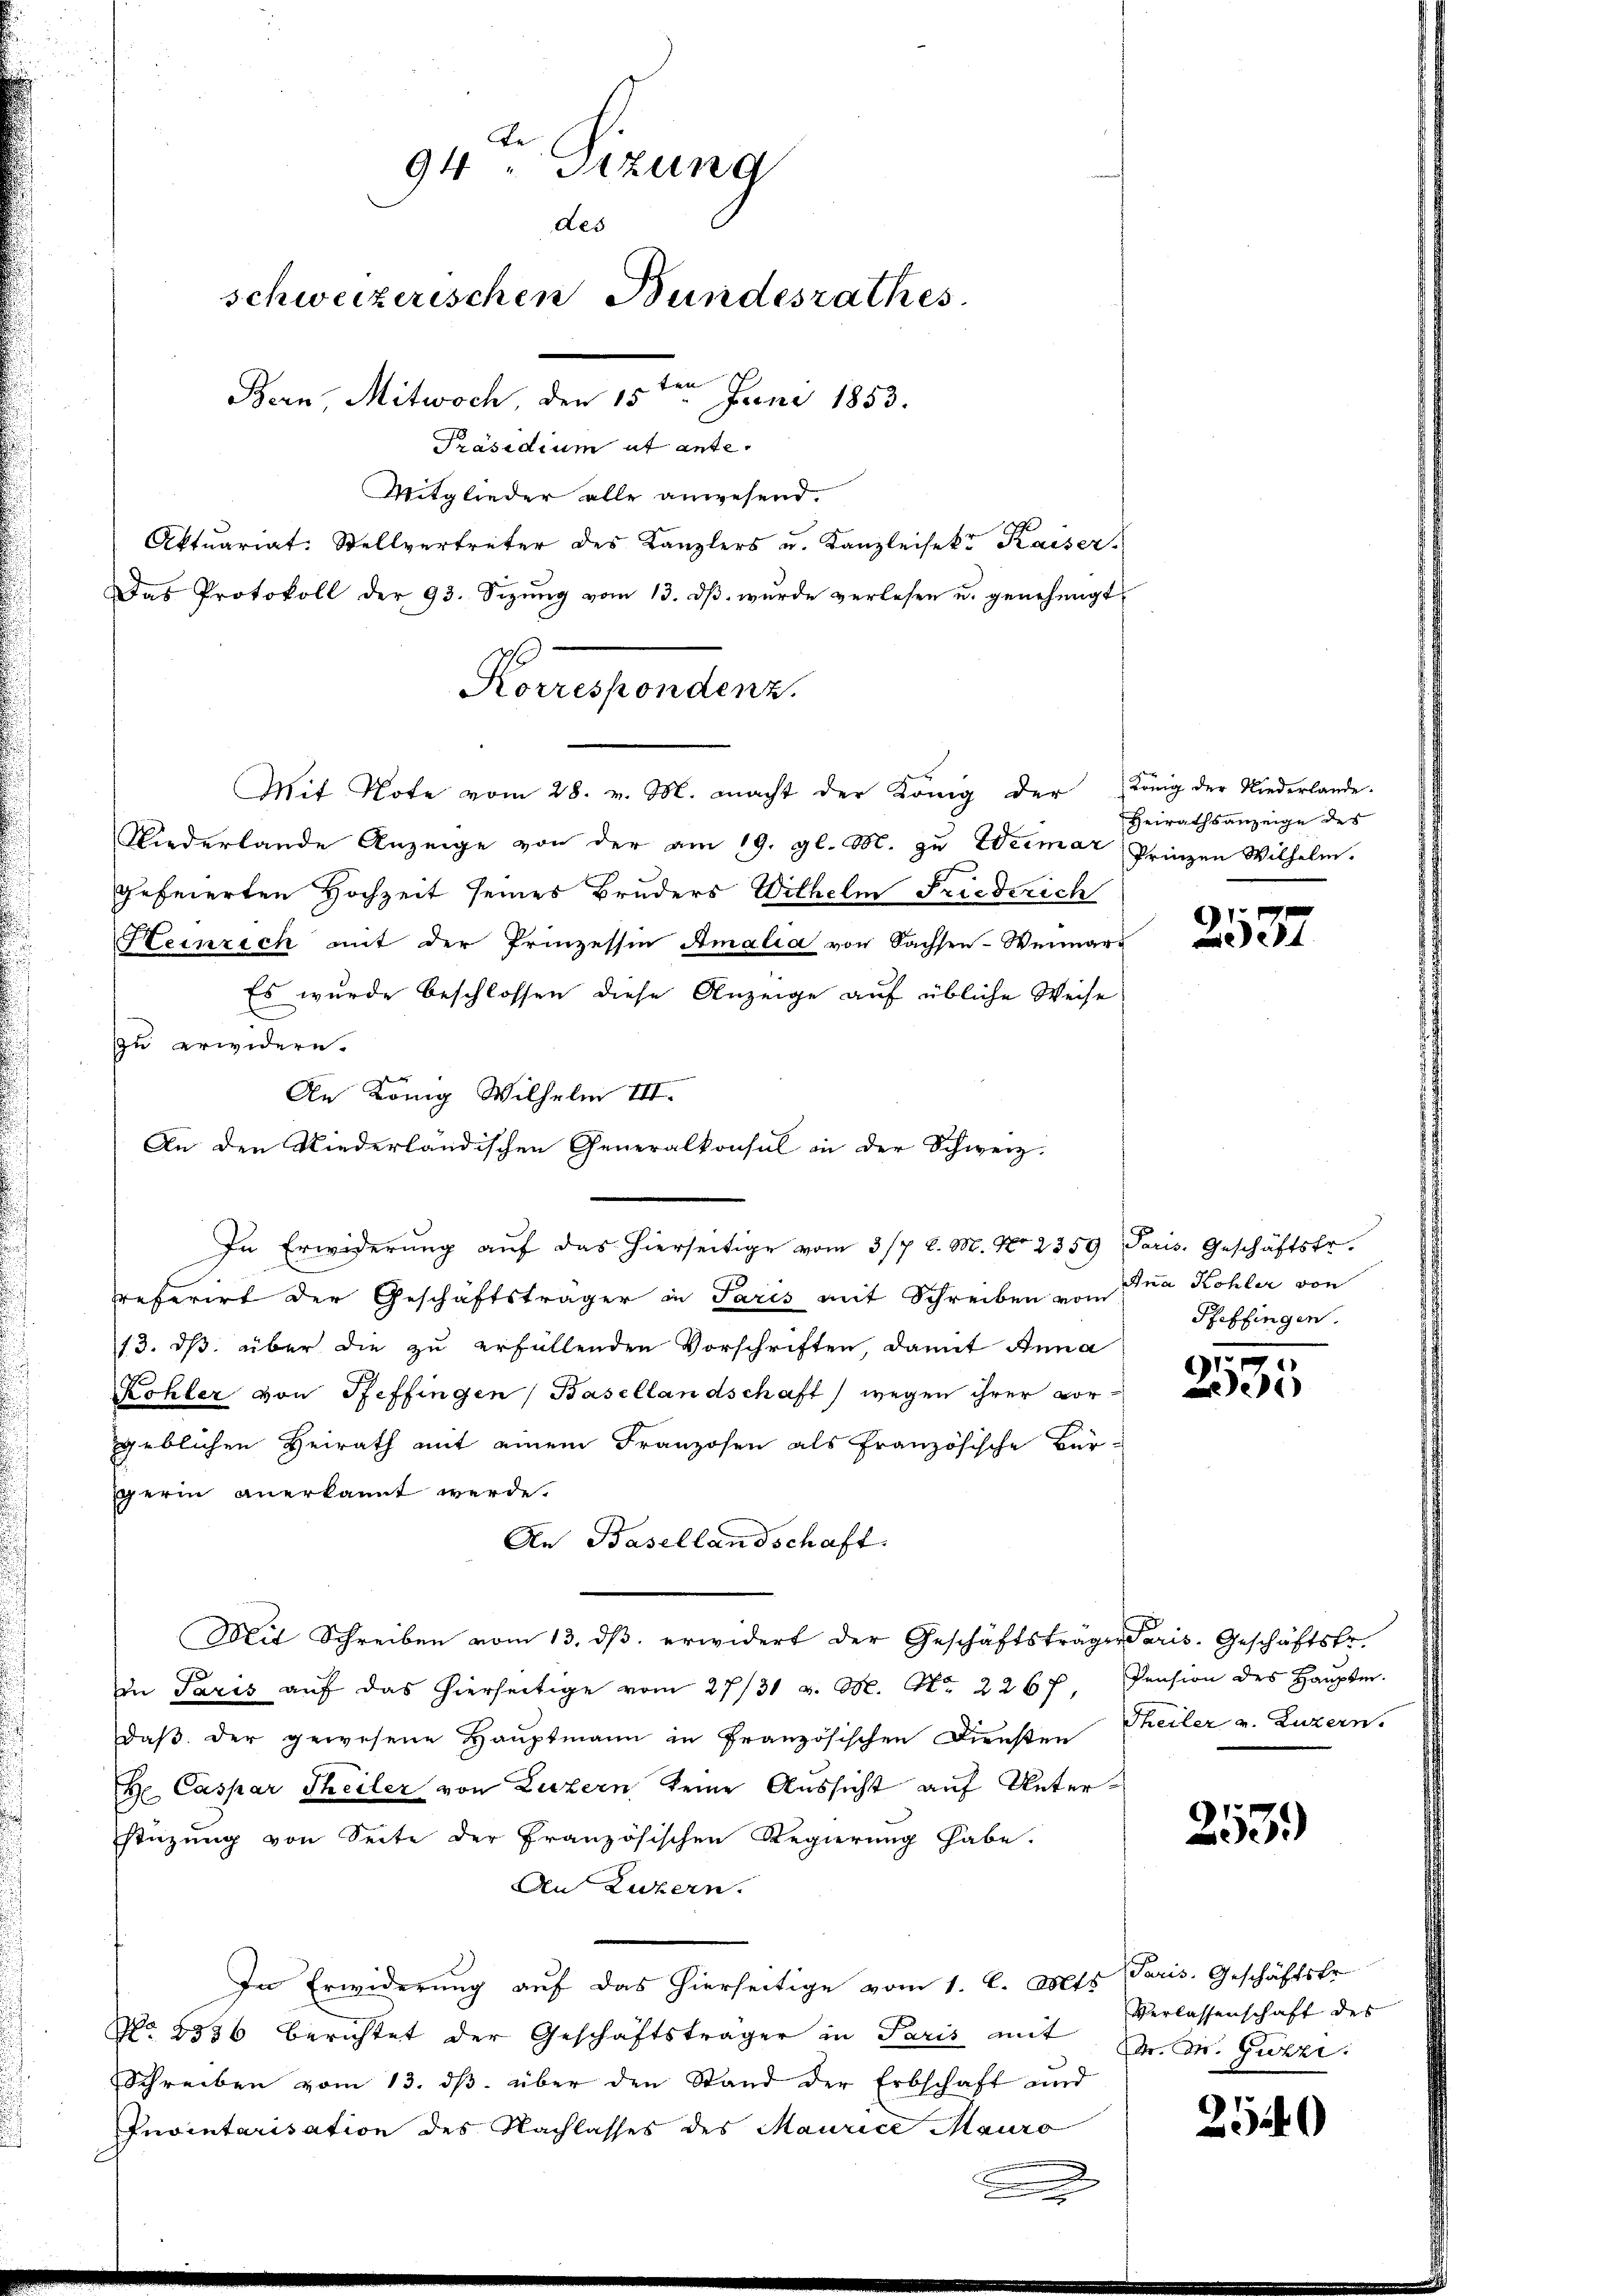
94 " Sizung
des
schweizerischen Bundesrathes
e
Bern Mitwoch, den 15. Juni 1853.
Präsidium ut ante-

Mit Note vom 28. v. M. macht der König der König der Niederlande
Niederlande Anzeige von der am 19. gl. M. zu Weimar, Prinzen Wilhelm.
gefeierten Hochzeit seines Bruders Wilhelm Friedrich
Heinrich mit der Prinzessin Amalia von Sachsen-Weimar-
Es wurde beschlossen diese Anzeige auf übliche Weise
zu erwidern.
An König Wilhelm
An den Niederländischen Generalkonsul in der Schweiz.
In Erwiderung auf das hierseitige vom 3/7 l. M. No 2359 Paris. Geschäftsfr.
referirt der Geschäftsträger in Paris mit Schreiben von Ina Kohler von
13. ds. über die zu erfüllenden Vorschriften, damit Anna
Kohler von Pfeffingen Basellandschaft) wegen ihrer vorgeblichen Heirath mit einem Franzosen als französische Bür-
gerin anerkannt werde.
An Basellandschaft.
Mit Schreiben vom 13. dβ. erwidert der Geschäftsträger Paris-Geschäftsfr.
in Paris aŭf das hierseitige vom 27/31 v. M. Nr. 2267. Pension des Haŭptm.
daß der gewesene Hauptmann in Französischen Diensten
t Caspar Theiler von Luzern keine Aussicht auf Unterstüzung von Seite der Französischen Regierung habe.
An Luzern.
In Erwiderung auf das hierseitige vom 1. l. Mts. Paris. Geschäftstr.
No. 4556 berichtet der Geschäftsträger in Paris mit Dr. Dr. Guzzi.
Schreiben vom 13. dβ. über den Stand der Erbschaft und
Inventarisation des Nachlasses des Maurice Mauro
.

Korrespondens.

Mitglieder alle anwesend.
Aktuariat. Stellvertreter des Kanzlers u. Kanzleisekt Kaiser

Das Protokoll der 93. Sizŭng vom 13. dβ wŭrde verlesen u. genehmigt.

Heirathsanzeige des

23

Pfeffingen.

7
35

Theiler v. Luzern.

253)

Verlassenschaft des

290